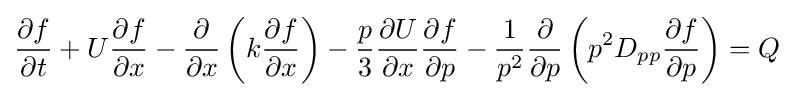
{\frac {\partial f}{\partial t}}+U{\frac {\partial f}{\partial x}}-{\frac {\partial }{\partial x}}\left(k{\frac {\partial f}{\partial x}}\right)-{\frac {p}{3}}{\frac {\partial U}{\partial x}}{\frac {\partial f}{\partial p}}-{\frac {1}{p^{2}}}{\frac {\partial }{\partial p}}\left(p^{2}D_{pp}{\frac {\partial f}{\partial p}}\right)=Q